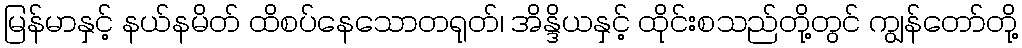
မြန်မာနှင့် နယ်နမိတ် ထိစပ်နေသောတရုတ်၊ အိန္ဒိယနှင့် ထိုင်းစသည်တို့တွင် ကျွန်တော်တို့